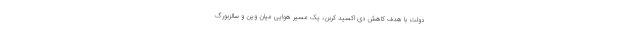
دولت با هدف کاهش دی اکسید کربن، یک مسیر هوایی میان وین و سالزبورگ